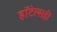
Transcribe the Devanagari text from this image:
हॉटेल्सही